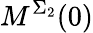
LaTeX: M^{\Sigma_{2}}(0)